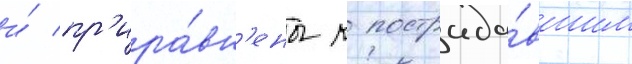
и́ пр'ира́вн'ены к пострада́вшим